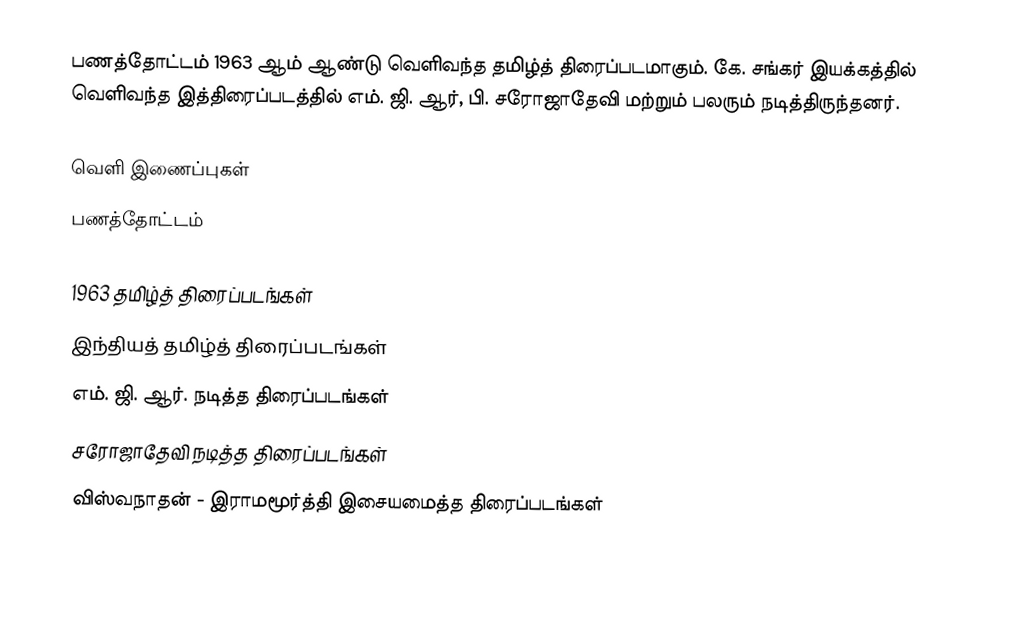
பணத்தோட்டம் 1963 ஆம் ஆண்டு வெளிவந்த தமிழ்த் திரைப்படமாகும். கே. சங்கர் இயக்கத்தில் வெளிவந்த இத்திரைப்படத்தில் எம். ஜி. ஆர், பி. சரோஜாதேவி மற்றும் பலரும் நடித்திருந்தனர்.

வெளி இணைப்புகள்
 பணத்தோட்டம்

1963 தமிழ்த் திரைப்படங்கள்
இந்தியத் தமிழ்த் திரைப்படங்கள்
எம். ஜி. ஆர். நடித்த திரைப்படங்கள்
சரோஜாதேவி நடித்த திரைப்படங்கள்
விஸ்வநாதன் - இராமமூர்த்தி இசையமைத்த திரைப்படங்கள்